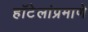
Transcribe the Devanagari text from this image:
हॉटेलांप्रमाणे